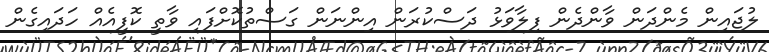
ލުޖައިން މެންދަން ވާންދެން ފިލާވަޅު ދަސްކުރަން އިންނަން ގަސްތުކޮށްފައި ވާތީ ކޮފީއެއް ހަދައިގެން